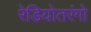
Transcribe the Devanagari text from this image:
रेडियोतरंगो